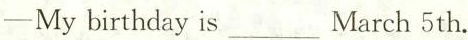
-My birthday is ___ March 5th.